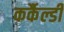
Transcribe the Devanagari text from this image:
कर्कैल्डी